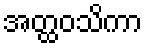
အတ္ထဝသိကာ